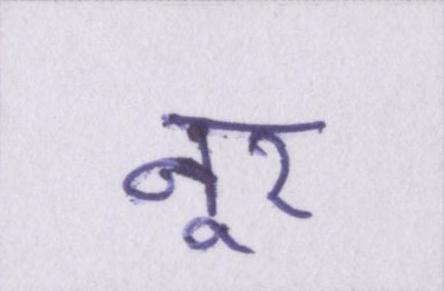
नूर